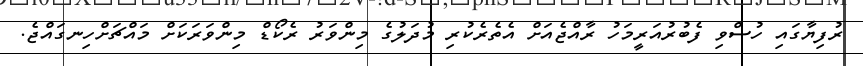
ރުފިޔާގައި ހުސްވި ފެބުރުއަރީމަހު ރާއްޖެއަށް އެތެރެކުރި މުދަލުގެ މިންވަރު ރެކޯޑް މިންވަރަކަށް މައްޗަށްހިނގައްޖެ.